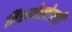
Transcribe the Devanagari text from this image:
तिरुनेरवेल्ली